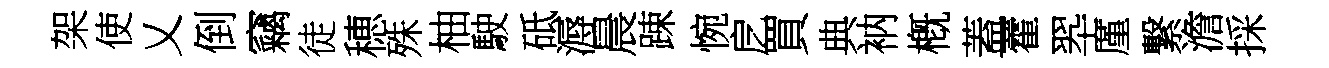
架使乂倒竊徒穂殊柚駛砥溽晨踈惋戹買典衲槪蓋藿翆厪繋澹採